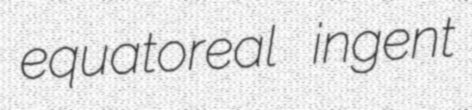
equatoreal ingent